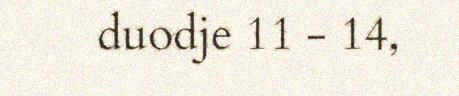
duodje 11 - 14,